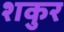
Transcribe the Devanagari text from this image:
शकुर